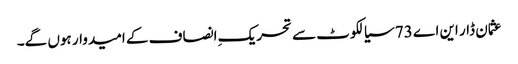
عثمان ڈار این اے 73 سیالکوٹ سے تحریکِ انصاف کے امیدوار ہوں گے۔